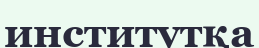
институтқа